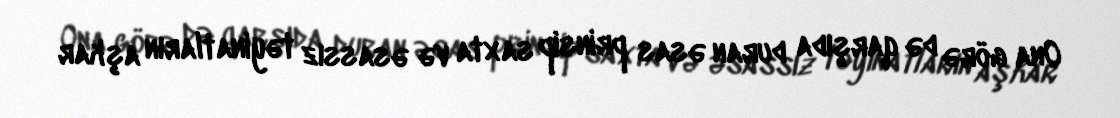
Ona görə də qarşıda duran əsas prinsip saxta və əsassız təyinatların aşkar